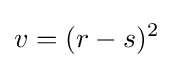
v=(r-s)^{2}